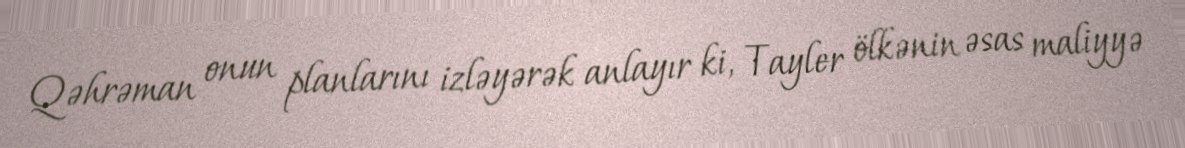
Qəhrəman onun planlarını izləyərək anlayır ki, Tayler ölkənin əsas maliyyə